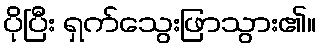
ပိုပြီး ရှက်သွေးဖြာသွား၏။